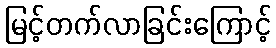
မြင့်တက်လာခြင်းကြောင့်